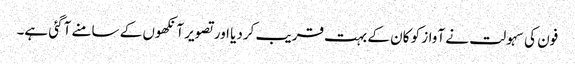
فون کی سہولت نے آواز کو کان کے بہت قریب کردیا اور تصویر آنکھوں کے سامنے آگئی ہے۔